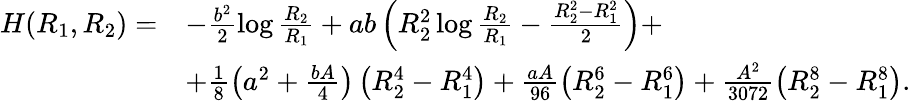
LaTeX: \begin{array}{rl}{H(R_{1},R_{2})=}&{-\frac{b^{2}}{2}\log\frac{R_{2}}{R_{1}}+ab\left(R_{2}^{2}\log\frac{R_{2}}{R_{1}}-\frac{R_{2}^{2}-R_{1}^{2}}{2}\right)+}\\ &{+\frac{1}{8}\left(a^{2}+\frac{bA}{4}\right)\left(R_{2}^{4}-R_{1}^{4}\right)+\frac{aA}{96}\left(R_{2}^{6}-R_{1}^{6}\right)+\frac{A^{2}}{3072}\left(R_{2}^{8}-R_{1}^{8}\right).}\end{array}